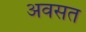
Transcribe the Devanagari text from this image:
अवसत